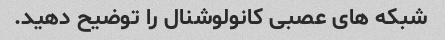
شبکه های عصبی کانولوشنال را توضیح دهید.